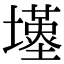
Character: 𡒣